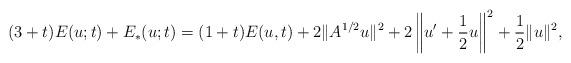
LaTeX: \begin{align*}(3+t)E(u;t)+E_*(u;t)=(1+t)E(u,t)+2\|A^{1/2}u\|^2+2\left\|u'+\frac{1}{2}u\right\|^2+\frac{1}{2}\|u\|^2,\end{align*}